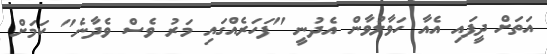
އަތަށް ދީފައި އެއާ ހަވާލުވާން އެދުނީ "ފަހަރެއްގައި މަރު ވެސް ވެދާނެ" ކަމަށް